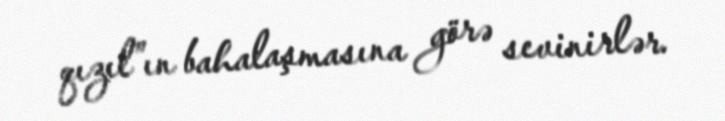
qızıl”ın bahalaşmasına görə sevinirlər.